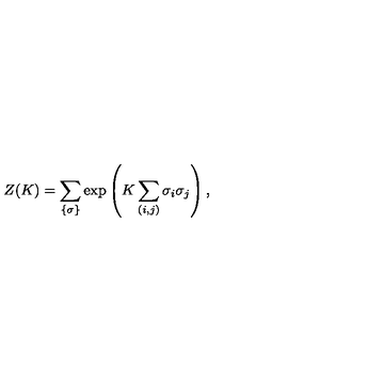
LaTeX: Z ( K ) = \sum _ { \{ \sigma \} } \exp \left( K \sum _ { ( i , j ) } \sigma _ { i } \sigma _ { j } \right) ,